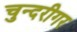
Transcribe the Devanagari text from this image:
चुन्दरीगर